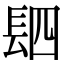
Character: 䦉